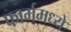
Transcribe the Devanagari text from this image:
फार्ममध्ये